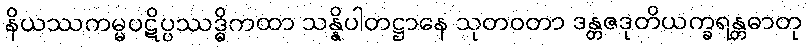
နိယဿကမ္မပဋိပ္ပဿဒ္ဓိကထာ သန္နိပါတဋ္ဌာနေ သုတဝတာ ဒန္တဇဒုတိယက္ခရန္တဓာတု